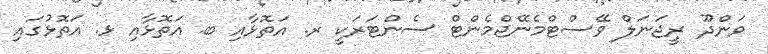
ވަންދޫ ރީޖަނަލް ވޭސްޓްމެނޭޖްމެންޓް ސެންޓަރަކީ ރ. އަތޮޅާއި ބ. އަތޮޅާއި ޅ. އަތޮޅުގައި